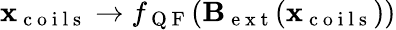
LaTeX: \mathbf x_{\mathrm{~c~o~i~l~s~}}\rightarrow f_{\mathrm{~Q~F~}}(\mathbf B_{\mathrm{~e~x~t~}}(\mathbf x_{\mathrm{~c~o~i~l~s~}}))